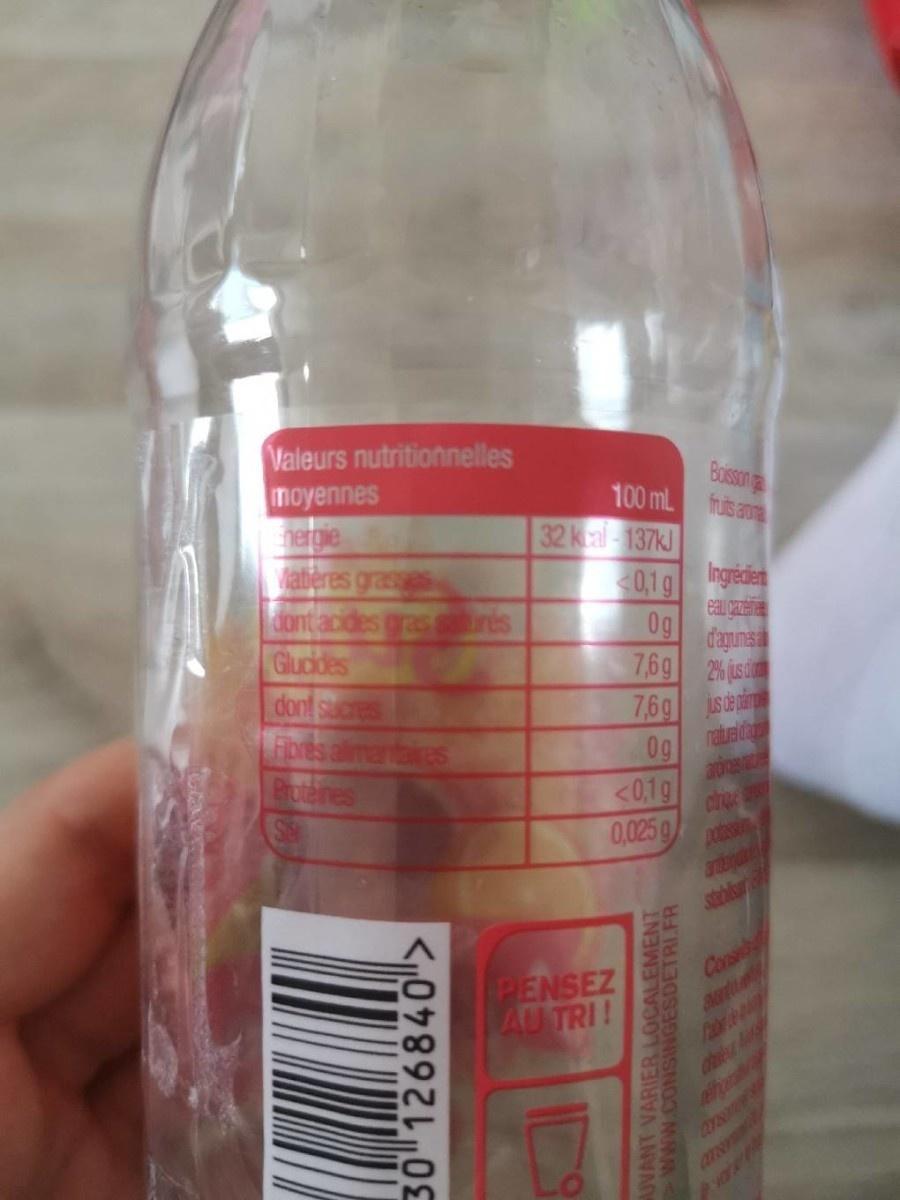
Valeurs nutritionnelles moyennes
Bosson g 100 mL fruis an
nergie
32kcal-137kJ
aberes grassas dont acides gras res Glucides dont sucres Fpes alimentaires Protenes
0,1g Ingrecien eau gazei 0g dagumesa 7,6g 2% (s
7,6g istei rature da
0g <0,1g 0,025 g
Dobss
stabls
PENSEZ AU TRI!
Consb
ehor
12YN
ATNFE
30 126840>
JVANT VARIER LOCALEMENT www.CONSINGESDETRI.FR